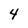
Character: 4